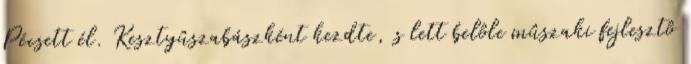
Pécsett él. Kesztyûszabászként kezdte, s lett belôle mûszaki fejlesztô